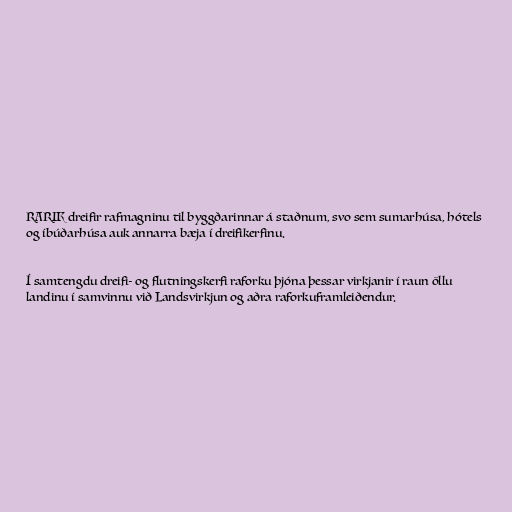
RARIK dreifir rafmagninu til byggðarinnar á staðnum, svo sem sumarhúsa, hótels
og íbúðarhúsa auk annarra bæja í dreifikerfinu.

Í samtengdu dreifi- og flutningskerfi raforku þjóna þessar virkjanir í raun öllu
landinu í samvinnu við Landsvirkjun og aðra raforkuframleiðendur.